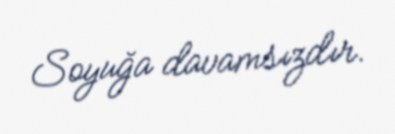
Soyuğa davamsızdır.